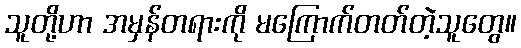
သူတို့ဟာ အမှန်တရားကို မကြောက်တတ်တဲ့သူတွေ။